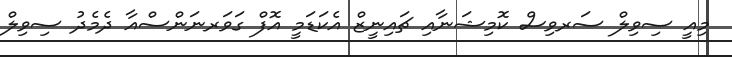
މިއީ ސިވިލް ސަރވިސް ކޮމިޝަނާއި ޗައިނީޒް އެކަޑަމީ އޮފް ގަވަރނަންސްއާ ދެމެދު ސިވިލް